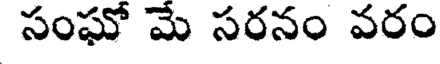
సంఘో మే సరనం వరం